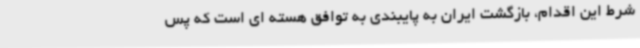
شرط این اقدام، بازگشت ایران به پایبندی به توافق هسته ای است که پس